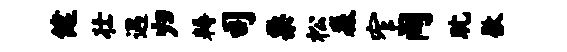
健壮遇归耨司栗松淼窄间耽歇